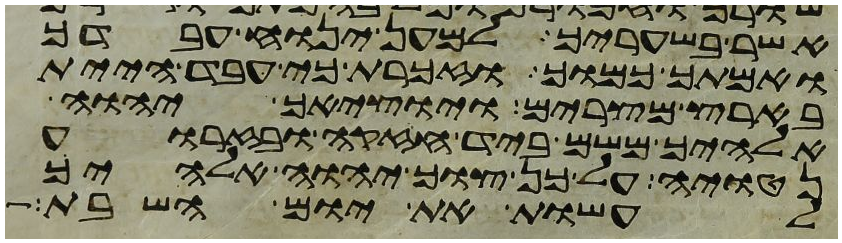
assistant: אשר בשעריך למען ינוח עבדך
ואמתך כמוך וזכרת כי עבד היית
בארץ מצרים ויוציאך יהוה
אלהיך משם ביד חזקה ובזרוע
נטויה על כן צוך יהוה אלהיך
לעשות את יום השבת